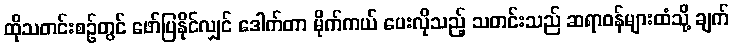
ထိုသတင်းစဉ်တွင် ဖော်ပြနိုင်လျှင် ဒေါက်တာ မိုက်ကယ် ပေးလိုသည့် သတင်းသည် ဆရာဝန်များထံသို့ ချက်